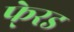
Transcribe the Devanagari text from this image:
फे्रड